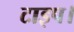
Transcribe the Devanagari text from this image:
टाइप।